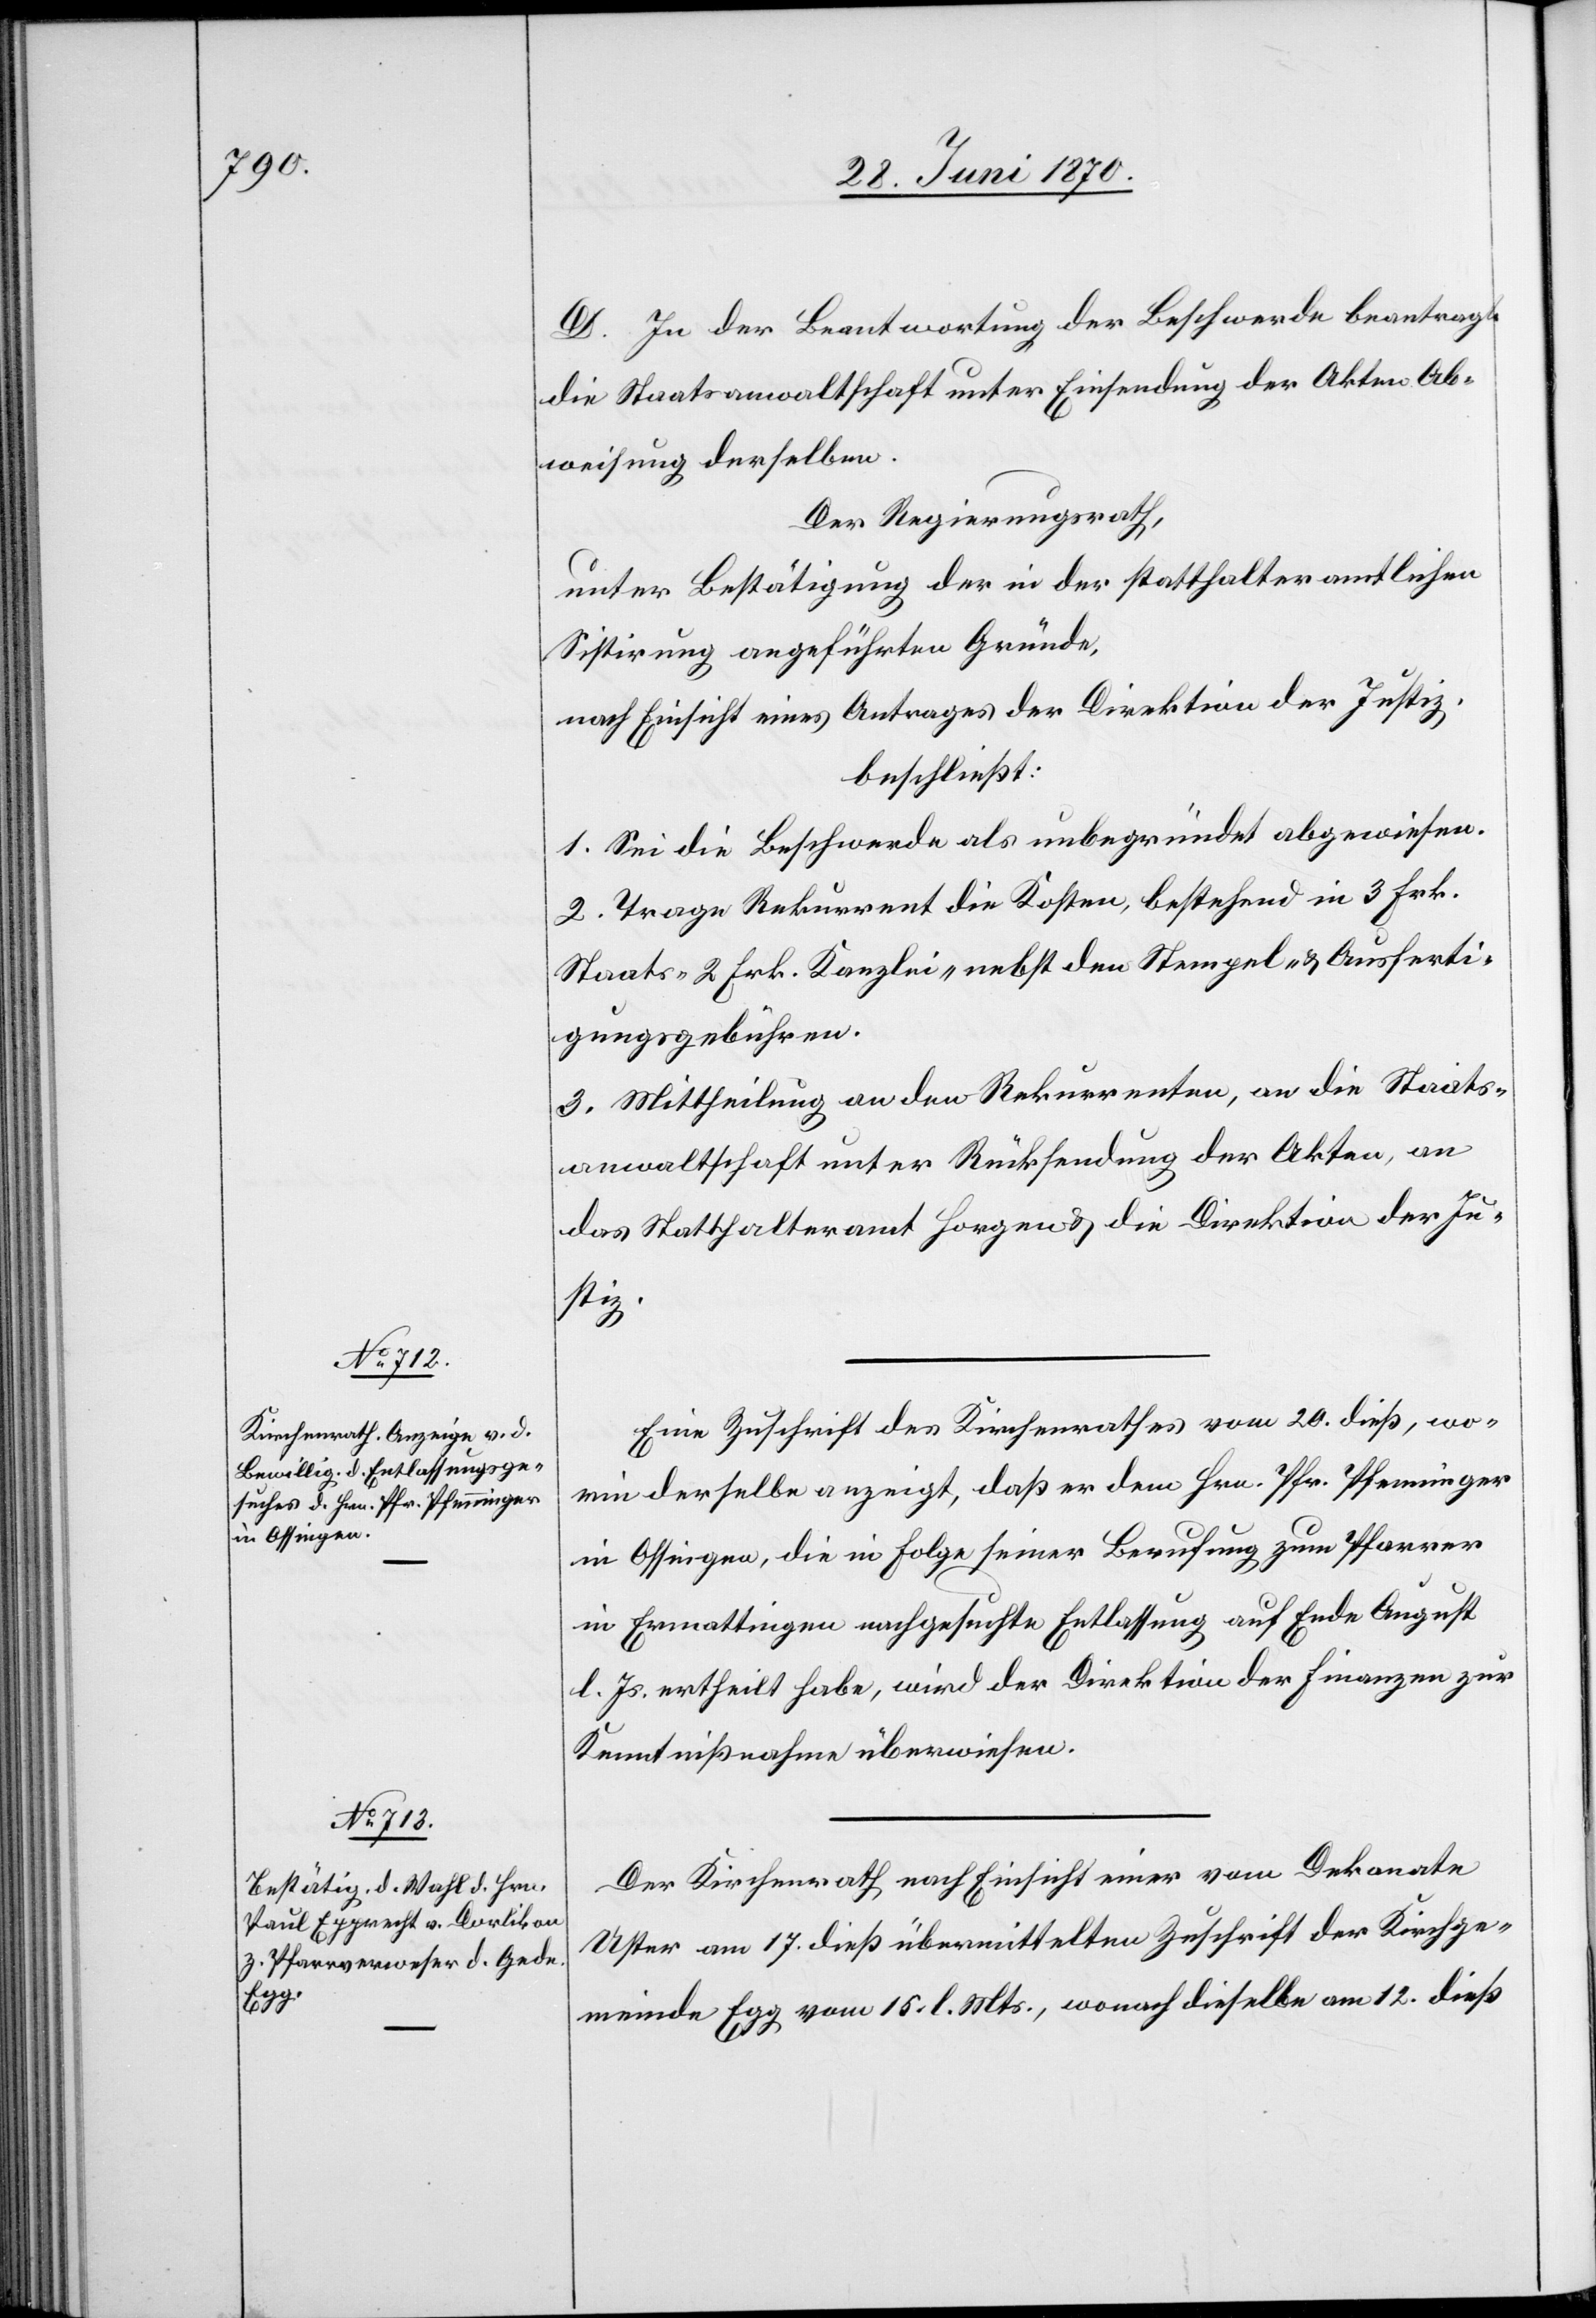
D. In der Beantwortung der Beschwerde beantragt
die Staatsanwaltschaft unter Einsendung der Akten Ab¬
weisung derselben.
Der Regierungsrath,
unter Bestätigung der in der statthalteramtlichen
Sistirung angeführten Gründe,
nach Einsicht eines Antrages der Direktion der Justiz,
beschließt:
1. Sei die Beschwerde als unbegründet abgewiesen.
2. Trage Rekurrent die Kosten, bestehend in 3 Frk.
Staats-[,] 2 Frk. Kanzlei- nebst den Stempel- & Ausferti¬
gungsgebühren.
3. Mittheilung an den Rekurrenten, an die Staats¬
anwaltschaft unter Rücksendung der Akten, an
das Statthalteramt Horgen & die Direktion der Ju¬
stiz.
Eine Zuschrift des Kirchenrathes vom 20. dieß, wo¬
rin derselbe anzeigt, daß er dem Hrn. Pfr. Pfenninger
in Ossingen, die in Folge seiner Berufung zum Pfarrer
in Ermattingen nachgesuchte Entlassung auf Ende August
l. Js. ertheilt habe, wird der Direktion der Finanzen zur
Kenntnißnahme überwiesen.
Der Kirchenrath nach Einsicht einer vom Dekanate
Uster am 17. dieß übermittelten Zuschrift der Kirchge¬
meinde Egg vom 15. l. Mts., wonach dieselbe am 12. dieß